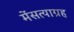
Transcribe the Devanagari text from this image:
मेंसत्याग्रह